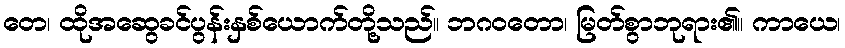
တေ၊ ထိုအဆွေခင်ပွန်းနှစ်ယောက်တို့သည်။ ဘဂဝတော၊ မြတ်စွာဘုရား၏။ ကာယေ၊